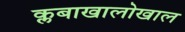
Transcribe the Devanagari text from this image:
क्लबाखालोखाल